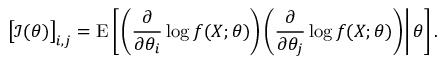
{ \bigl [ } { \mathcal { I } } ( \theta ) { \bigr ] } _ { i , j } = \operatorname { E } \left[ \left. \left( { \frac { \partial } { \partial \theta _ { i } } } \log f ( X ; \theta ) \right) \left( { \frac { \partial } { \partial \theta _ { j } } } \log f ( X ; \theta ) \right) \right| \theta \right] .